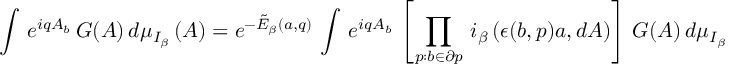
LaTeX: \left. \int \, e ^ { i q A _ { b } } \, G ( A ) \, d \mu _ { I _ { \beta } } \, ( A ) = e ^ { - \tilde { E } _ { \beta } ( a , q ) } \, \int \, e ^ { i q A _ { b } } \, \left[ \prod _ { p : b \in \partial p } \, i _ { \beta } \, ( \epsilon ( b , p ) a , d A ) \right] \, G ( A ) \, d \mu _ { I _ { \beta } } \, ( A ) \ , \right.